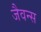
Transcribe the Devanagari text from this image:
जैवन्स